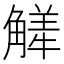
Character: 觲